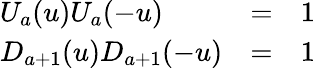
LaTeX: \begin{array}{lll}{{U_{a}(u)U_{a}(-u)}}&{{=}}&{{1}}\\ {{D_{a+1}(u)D_{a+1}(-u)}}&{{=}}&{{1}}\end{array}\;